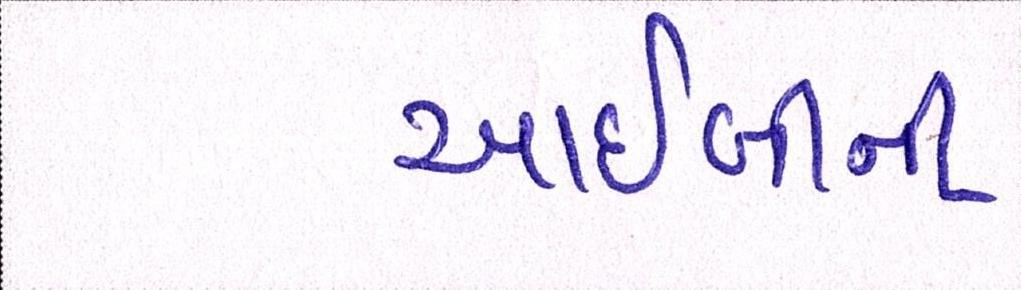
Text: આઈબીની